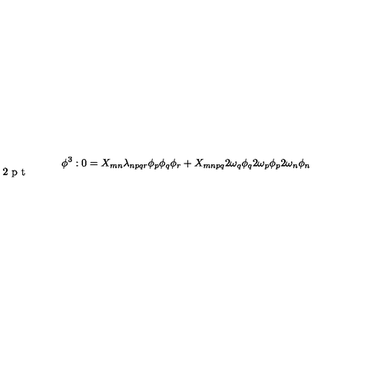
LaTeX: \phi ^ { 3 } : 0 = X _ { m n } \lambda _ { n p q r } \phi _ { p } \phi _ { q } \phi _ { r } + X _ { m n p q } 2 \omega _ { q } \phi _ { q } 2 \omega _ { p } \phi _ { p } 2 \vspace { - 1 2 p t } \omega _ { n } \phi _ { n }